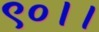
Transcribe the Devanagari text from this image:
९०।।